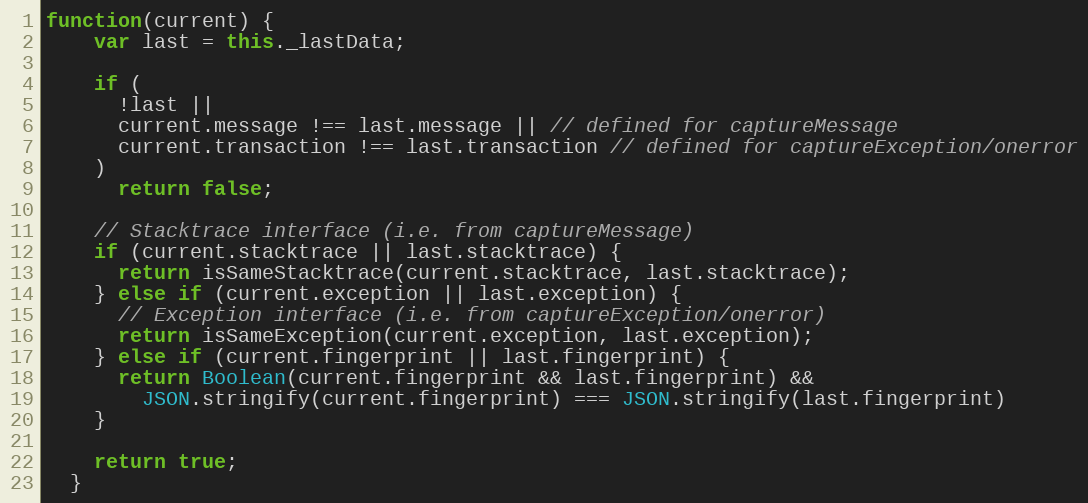
Language: JavaScript
function(current) {
    var last = this._lastData;

    if (
      !last ||
      current.message !== last.message || // defined for captureMessage
      current.transaction !== last.transaction // defined for captureException/onerror
    )
      return false;

    // Stacktrace interface (i.e. from captureMessage)
    if (current.stacktrace || last.stacktrace) {
      return isSameStacktrace(current.stacktrace, last.stacktrace);
    } else if (current.exception || last.exception) {
      // Exception interface (i.e. from captureException/onerror)
      return isSameException(current.exception, last.exception);
    } else if (current.fingerprint || last.fingerprint) {
      return Boolean(current.fingerprint && last.fingerprint) &&
        JSON.stringify(current.fingerprint) === JSON.stringify(last.fingerprint)
    }

    return true;
  }